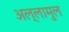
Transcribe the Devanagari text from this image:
अल्लामुल